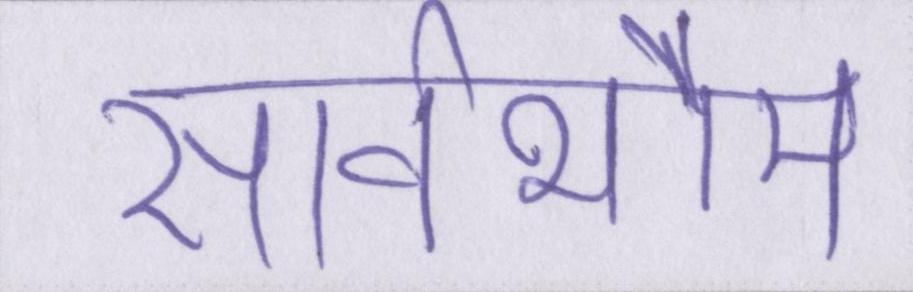
सार्वभौम